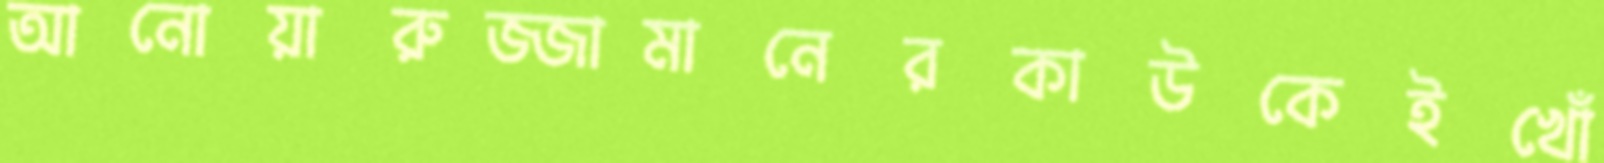
আনোয়ারুজ্জামানেরকাউকেইখোঁ